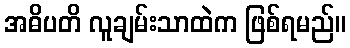
အဓိပတိ လူချမ်းသာထဲက ဖြစ်ရမည်။